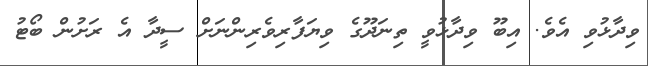
ވިދާޅުވި އެވެ. އިބޫ ވިދާޅުވީ ތިނަދޫގެ ވިޔަފާރިވެރިންނަށް ސީދާ އެ ރަށުން ބޯޓު